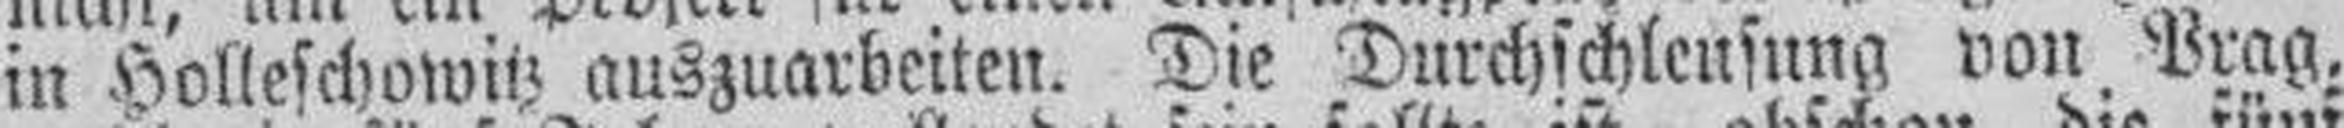
in Holleschowitz auszuarbeiten. Die Durchschleusung von Prag,